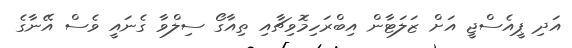
އަދި ޕީއެސްޖީ އަށް ޒަލަޓާން އިބްރަހިމޮވިޗާއި ތިއާގޯ ސިލްވާ ގެނައީ ވެސް އޭނާގެ